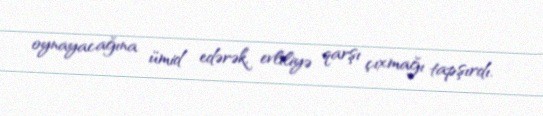
oynayacağına ümid edərək, evliliyə qarşı çıxmağı tapşırdı.